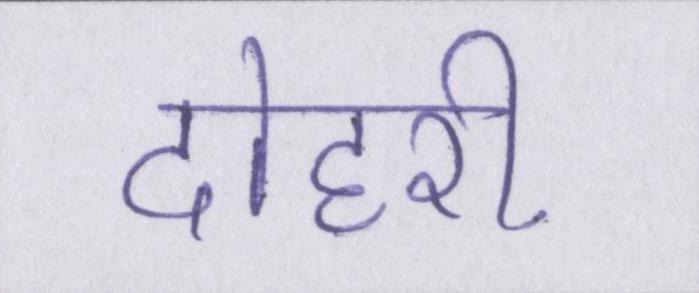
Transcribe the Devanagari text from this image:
दोहरी